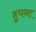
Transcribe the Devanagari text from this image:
हुयना